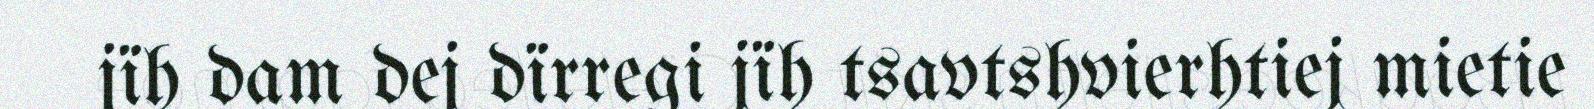
jïh dam dej dïrregi jïh tsavtshvierhtiej mietie